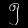
Digit: ၅